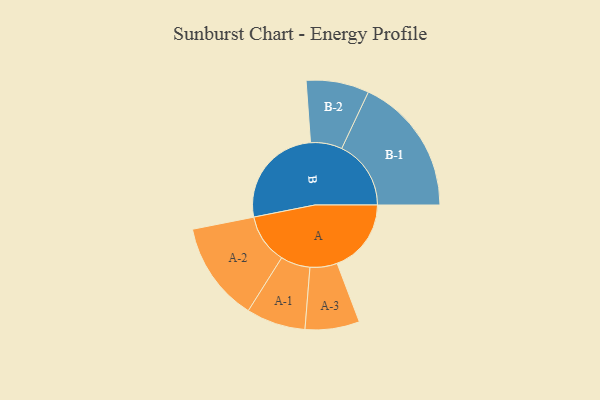
{"axis": {"x": "Segment", "y": "Value"}, "legend": ["", "A", "B"], "data": [{"x": "A", "y": 278, "type": ""}, {"x": "B", "y": 390, "type": ""}, {"x": "A-1", "y": 111, "type": "A"}, {"x": "A-2", "y": 187, "type": "A"}, {"x": "A-3", "y": 102, "type": "A"}, {"x": "B-1", "y": 260, "type": "B"}, {"x": "B-2", "y": 118, "type": "B"}]}